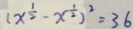
( x ^ { \frac { 1 } { 2 } } - x ^ { \frac { 1 } { 2 } } ) ^ { 2 } = 3 6